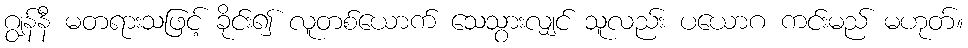
ဂျွန်နီ မတရားသဖြင့် ခိုင်း၍ လူတစ်ယောက် သေသွားလျှင် သူလည်း ပယောဂ ကင်းမည် မဟုတ်။